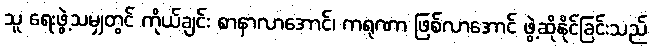
သူ ရေးဖွဲ့သမျှတွင် ကိုယ်ချင်း စာနာလာအောင်၊ ကရုဏာ ဖြစ်လာအောင် ဖွဲ့ဆိုနိုင်ခြင်းသည်